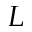
L